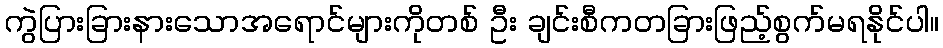
ကွဲပြားခြားနားသောအရောင်များကိုတစ် ဦး ချင်းစီကတခြားဖြည့်စွက်မရနိုင်ပါ။